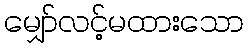
မျှော်လင့်မထားသော